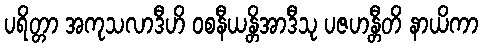
ပရိတ္တာ အကုသလာဒီဟိ ဝစနီယန္တိအာဒီသု ပဇဟန္တီတိ နာယိကာ